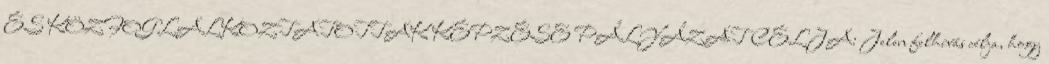
ÉS KÖZFOGLALKOZTATOTTAK KÉPZÉSE PÁLYÁZAT CÉLJA: Jelen felhívás célja, hogy